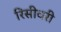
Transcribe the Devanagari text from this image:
रिसीवरी